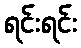
ရင်းရင်း